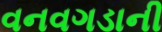
વનવગડાની